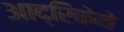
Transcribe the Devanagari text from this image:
आद्रिकेने